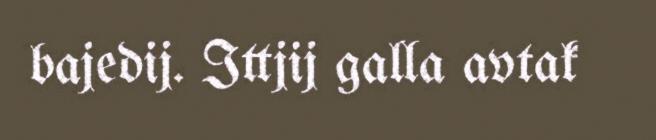
bajedij. Ittjij galla avtak